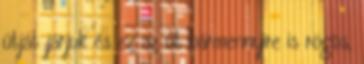
útját járjuk és ez az út bármennyire is rögös,